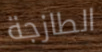
الطازجة